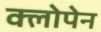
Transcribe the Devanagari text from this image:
क्लोपेन